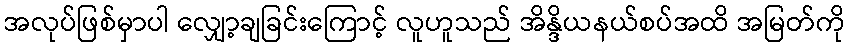
အလုပ်ဖြစ်မှာပါ လျှော့ချခြင်းကြောင့် လူဟူသည် အိန္ဒိယနယ်စပ်အထိ အမြတ်ကို